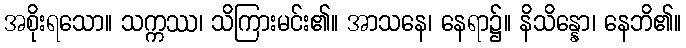
အစိုးရသော။ သက္ကဿ၊ သိကြားမင်း၏။ အာသနေ၊ နေရာ၌။ နိသိန္နော၊ နေဘိ၏။